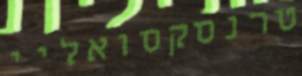
טרנסקסואליי